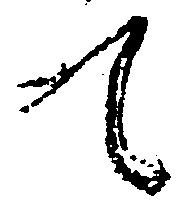
て